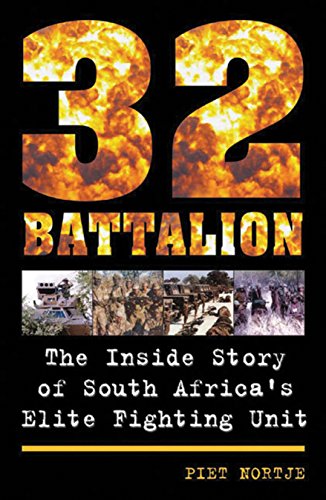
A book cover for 32 Battalion; Piet Nortje; History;